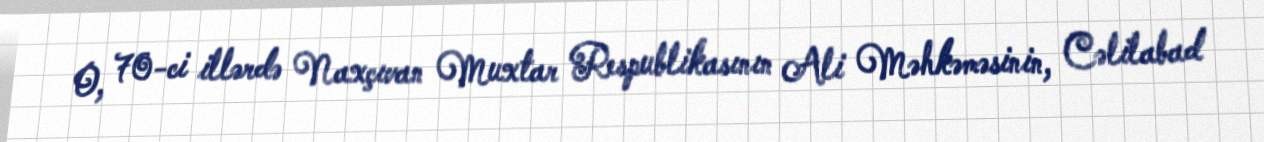
O, 70-ci illərdə Naxçıvan Muxtar Respublikasının Ali Məhkəməsinin, Cəlilabad